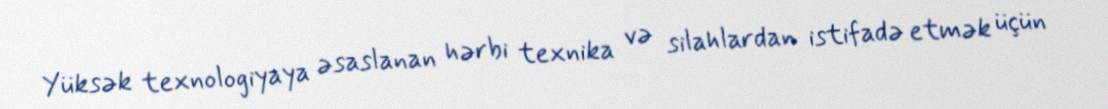
Yüksək texnologiyaya əsaslanan hərbi texnika və silahlardan istifadə etmək üçün